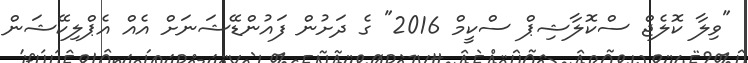
"ވިލާ ކޮލެޖް ސްކޮލާޝިޕް ސްކީމް 2016" ގެ ދަށުން ފައުންޑޭޝަނަށް އެއް އެޕްލިކޭޝަން